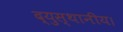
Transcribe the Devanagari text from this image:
द्युस्थानीय।